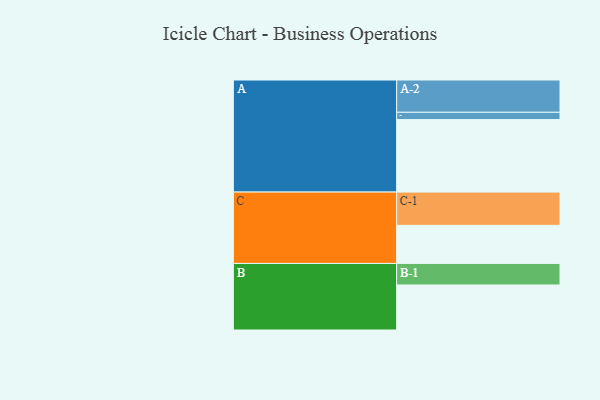
{"axis": {"x": "Segment", "y": "Value"}, "legend": ["", "A", "B", "C"], "data": [{"x": "A", "y": 586, "type": ""}, {"x": "B", "y": 364, "type": ""}, {"x": "C", "y": 308, "type": ""}, {"x": "A-1", "y": 59, "type": "A"}, {"x": "A-2", "y": 261, "type": "A"}, {"x": "B-1", "y": 174, "type": "B"}, {"x": "C-1", "y": 269, "type": "C"}]}